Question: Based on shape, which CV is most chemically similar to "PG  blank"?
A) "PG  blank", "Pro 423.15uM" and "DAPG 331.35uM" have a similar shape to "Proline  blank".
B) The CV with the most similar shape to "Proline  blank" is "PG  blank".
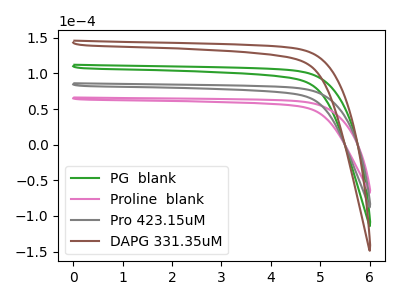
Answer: <think>The green curve "PG  blank" has no peaks. The pink curve "Proline  blank" has no peaks. The gray curve "Pro 423.15uM" has no peaks. The brown curve "DAPG 331.35uM" has no peaks.
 Neither "PG  blank" or "Proline  blank" have any peaks. Neither "PG  blank" or "Pro 423.15uM" have any peaks. Neither "PG  blank" or "DAPG 331.35uM" have any peaks. Neither "Proline  blank" or "Pro 423.15uM" have any peaks. Neither "Proline  blank" or "DAPG 331.35uM" have any peaks. Neither "Pro 423.15uM" or "DAPG 331.35uM" have any peaks.</think>
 <answer>A) "PG  blank", "Pro 423.15uM" and "DAPG 331.35uM" have a similar shape to "Proline  blank".</answer>
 <eval>A</eval>